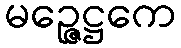
မဉ္ဇေဋ္ဌကေ